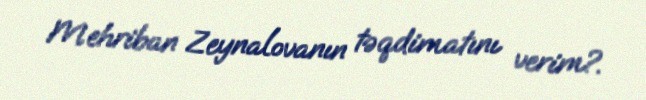
Mehriban Zeynalovanın təqdimatını verim?.